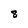
Character: 8